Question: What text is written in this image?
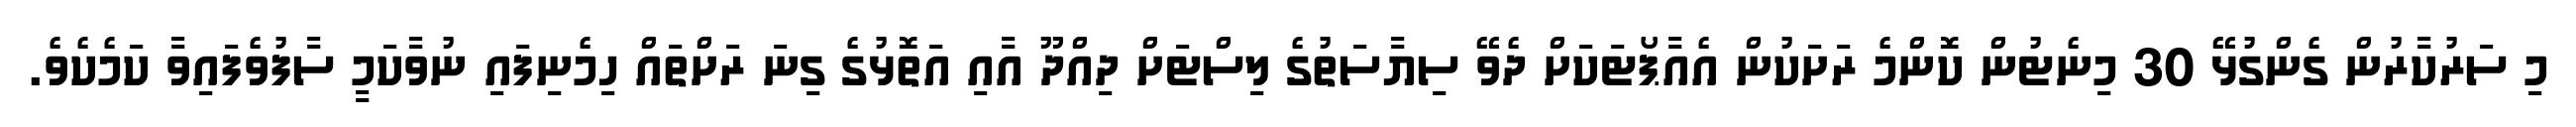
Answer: މި ސަރުކާރުން ގެންގުޅޭ 30 މިނެޓުން ކޮންމެ ރަށަކުން އެއާޕޯޓަކަށް ދެވޭ ސިޔާސަތުގެ ލިސްޓަށް ދިއްދޫ އާއި އަތޮޅުގެ ގިނަ ރަށްތައް ހިމެނިފައި ނުވާކަމީ ސާފުވެފައިވާ ކަމެކެވެ.